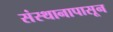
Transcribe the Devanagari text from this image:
संस्थानापासून